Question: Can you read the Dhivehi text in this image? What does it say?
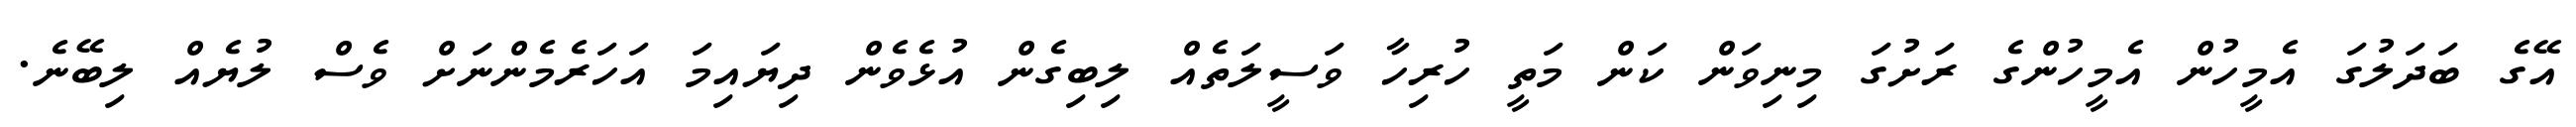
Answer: އޭގެ ބަދަލުގަ އެމީހުން އެމީހުންގެ ރަށުގަ މިނިވަން ކަން މަތީ ހުރިހާ ވަސީލަތެއް ލިބިގެން އުޅެވެން ދިޔައިމަ އަހަރެމެންނަށް ވެސް ލުޔެއް ލިބޭނެ.